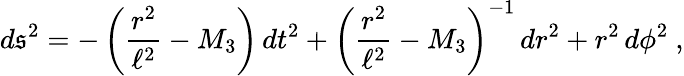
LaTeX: d\mathfrak{s}^{2}=-\left({\frac{{r^{2}}}{{\ell^{2}}}}-M_{3}\right)\, dt^{2}+\left({\frac{{r^{2}}}{{\ell^{2}}}}-M_{3}\right)^{-1}\, dr^{2}+r^{2}\, d\phi^{2}\ ,